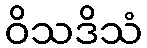
ဝိသဒိသံ